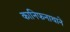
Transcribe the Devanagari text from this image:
कानिफनाथाने